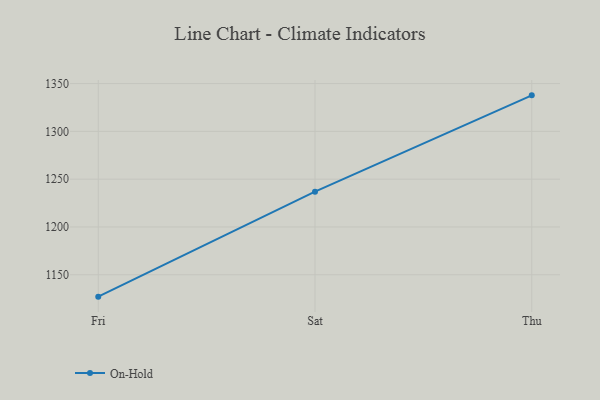
{"axis": {"x": "Day", "y": "Demand Index"}, "legend": ["On-Hold"], "data": [{"x": "Fri", "y": 1127.1, "type": "On-Hold"}, {"x": "Sat", "y": 1236.9, "type": "On-Hold"}, {"x": "Thu", "y": 1337.7, "type": "On-Hold"}]}